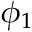
\phi { } _ { 1 }